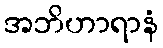
အဘိဟာရာနံ